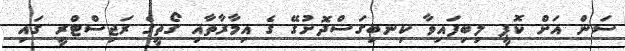
ސަން އަށް ކޮޕީ ލިބިފައިވާ ކިނބިގަސްދޮށުގޭ ގެ އިމާރާތާއި ގޯތީގެ ރަޖިސްޓްރީ ގައި